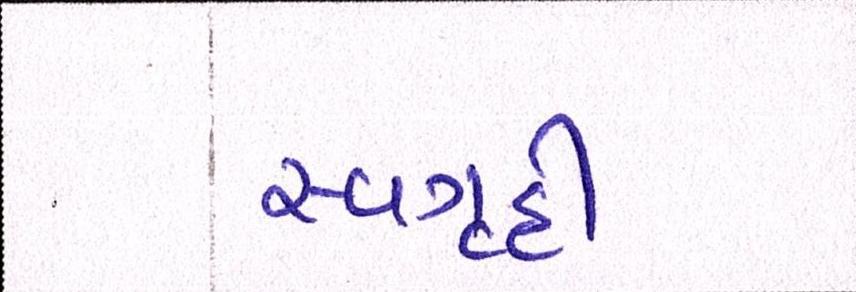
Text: સ્વગૃહી